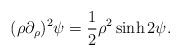
LaTeX: \begin{align*}(\rho \partial_\rho)^2 \psi = \frac{1}{2} \rho^2 \sinh 2\psi.\end{align*}